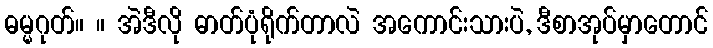
ဓမ္မဂုတ်။ ။ အဲဒီလို ဓာတ်ပုံရိုက်တာလဲ အကောင်းသားပဲ, ဒီစာအုပ်မှာတောင်